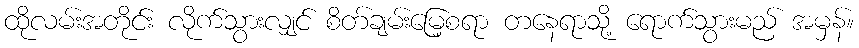
ထိုလမ်းအတိုင်း လိုက်သွားလျှင် စိတ်ချမ်းမြေ့စရာ တနေရာသို့ ရောက်သွားမည် အမှန်။